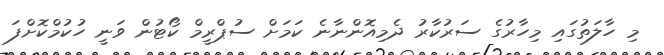
މި ހާލަތުގައި މިހާރުގެ ސަރުކާރު ދެމިއޮންނާނެ ކަމަށް ސުޕްރީމް ކޯޓުން ވަނީ ހުކުމްކޮށްފަ